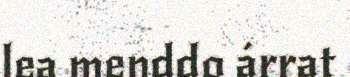
lea menddo árrat